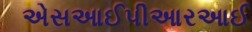
એસઆઈપીઆરઆઈ